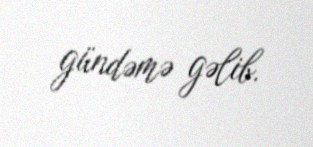
gündəmə gəlib.